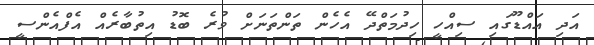
އަދި އައްޑޫގައި ސިއްހީ ހިދުމަތްދޭ އެހެން ތަންތަނަށް ވުރެ ބޮޑު އިތުބާރެއް އެފްއެންސީ